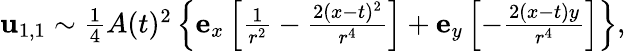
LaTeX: \begin{array}{r}{\mathbf{u}_{1,1}\sim\frac{1}{4}A(t)^{2}\left\{ \mathbf{e}_{x}\left[\frac{1}{r^{2}}-\frac{2(x-t)^{2}}{r^{4}}\right]+\mathbf{e}_{y}\left[-\frac{2(x-t)y}{r^{4}}\right]\right\} ,}\end{array}